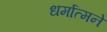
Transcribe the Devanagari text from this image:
धर्मात्मने